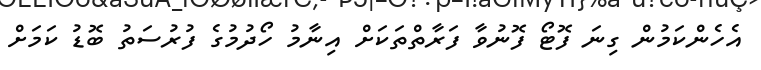
އެހެންކަމުން ގިނަ ފޮޓޯ ފޮނުވާ ފަރާތްތަކަށް އިނާމު ހޯދުމުގެ ފުރުސަތު ބޮޑު ކަމަށް